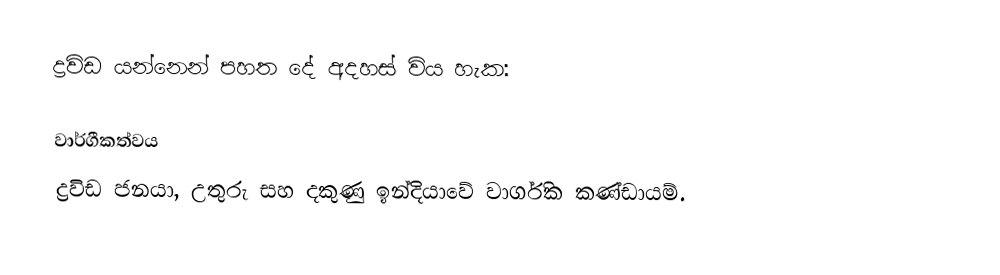
ද්‍රවිඩ යන්නෙන් පහත දේ අදහස් විය හැක:

වාර්ගීකත්වය
ද්‍රවිඩ ජනයා, උතුරු සහ දකුණු ඉන්දියාවේ වාර්ගික කණ්ඩායම්.